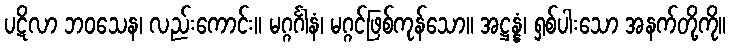
ပဋိလာ ဘဝသေန၊ လည်းကောင်း။ မဂ္ဂင်္ဂါနံ၊ မဂ္ဂင်ဖြစ်ကုန်သော။ အဋ္ဌန္နံ၊ ရှစ်ပါးသော အနက်တို့ကို။